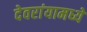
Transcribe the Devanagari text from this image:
देवरांयामध्ये